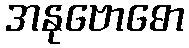
အနုဗောဓော